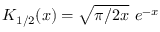
K _ { 1 / 2 } ( x ) = \sqrt { \pi / 2 x } \, \, e ^ { - x }